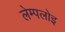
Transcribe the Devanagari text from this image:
लेम्पलोइ